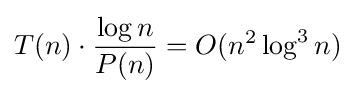
T(n)\cdot {\frac {\log n}{P(n)}}=O(n^{2}\log ^{3}n)